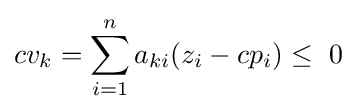
cv_{k}=\sum _{i=1}^{n}a_{ki}(z_{i}-cp_{i})\leq \ 0